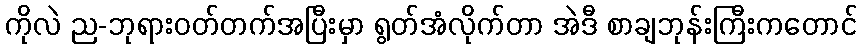
ကိုလဲ ည-ဘုရားဝတ်တက်အပြီးမှာ ရွတ်အံလိုက်တာ အဲဒီ စာချဘုန်းကြီးကတောင်